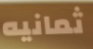
ثمانيه